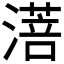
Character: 𬈸